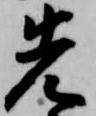
先